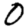
Digit: 0